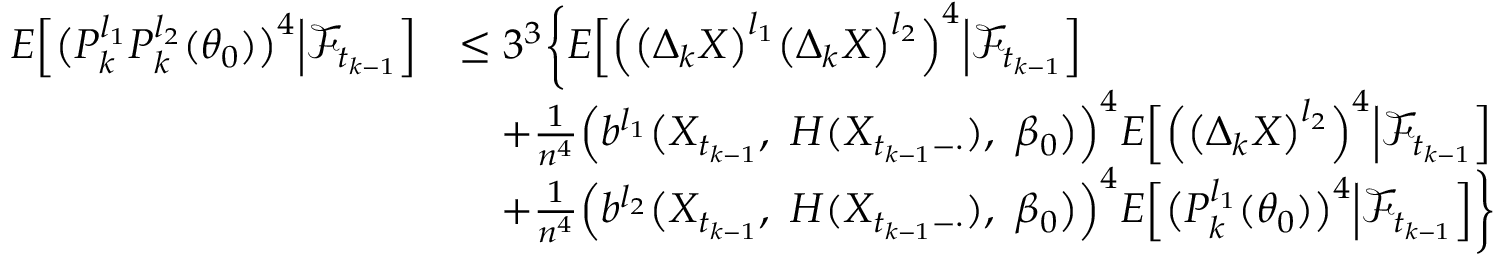
\begin{array} { r l } { E \Big [ \big ( P _ { k } ^ { l _ { 1 } } P _ { k } ^ { l _ { 2 } } ( \theta _ { 0 } ) \big ) ^ { 4 } \Big | \mathcal { F } _ { t _ { k - 1 } } \Big ] } & { \leq 3 ^ { 3 } \bigg \{ E \Big [ \Big ( \big ( \Delta _ { k } X \big ) ^ { l _ { 1 } } \big ( \Delta _ { k } X \big ) ^ { l _ { 2 } } \Big ) ^ { 4 } \Big | \mathcal { F } _ { t _ { k - 1 } } \Big ] } \\ & { \quad + \frac { 1 } { n ^ { 4 } } \Big ( b ^ { l _ { 1 } } \big ( X _ { t _ { k - 1 } } , ~ H ( X _ { t _ { k - 1 } - \cdot } ) , ~ \beta _ { 0 } \big ) \Big ) ^ { 4 } E \Big [ \Big ( \big ( \Delta _ { k } X \big ) ^ { l _ { 2 } } \Big ) ^ { 4 } \Big | \mathcal { F } _ { t _ { k - 1 } } \Big ] } \\ & { \quad + \frac { 1 } { n ^ { 4 } } \Big ( b ^ { l _ { 2 } } \big ( X _ { t _ { k - 1 } } , ~ H ( X _ { t _ { k - 1 } - \cdot } ) , ~ \beta _ { 0 } \big ) \Big ) ^ { 4 } E \Big [ \big ( P _ { k } ^ { l _ { 1 } } ( \theta _ { 0 } ) \big ) ^ { 4 } \Big | \mathcal { F } _ { t _ { k - 1 } } \Big ] \bigg \} } \end{array}